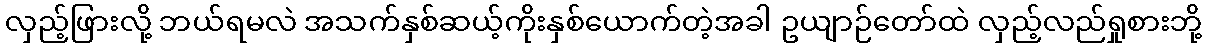
လှည့်ဖြားလို့ ဘယ်ရမလဲ အသက်နှစ်ဆယ့်ကိုးနှစ်ယောက်တဲ့အခါ ဥယျာဉ်တော်ထဲ လှည့်လည်ရှုစားဘို့